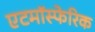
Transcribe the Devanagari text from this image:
एटमॉस्फेरिक